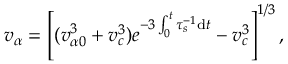
v _ { \alpha } = \left[ ( v _ { \alpha 0 } ^ { 3 } + v _ { c } ^ { 3 } ) e ^ { - 3 \int _ { 0 } ^ { t } \tau _ { s } ^ { - 1 } \mathrm { d } t } - v _ { c } ^ { 3 } \right] ^ { 1 / 3 } ,